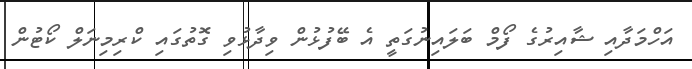
އަހްމަދާއި ޝާއިރުގެ ފޯމް ބަލައިނުގަތީ އެ ބޭފުޅުން ވިދާޅުވި ގޮތުގައި ކްރިމިނަލް ކޯޓުން